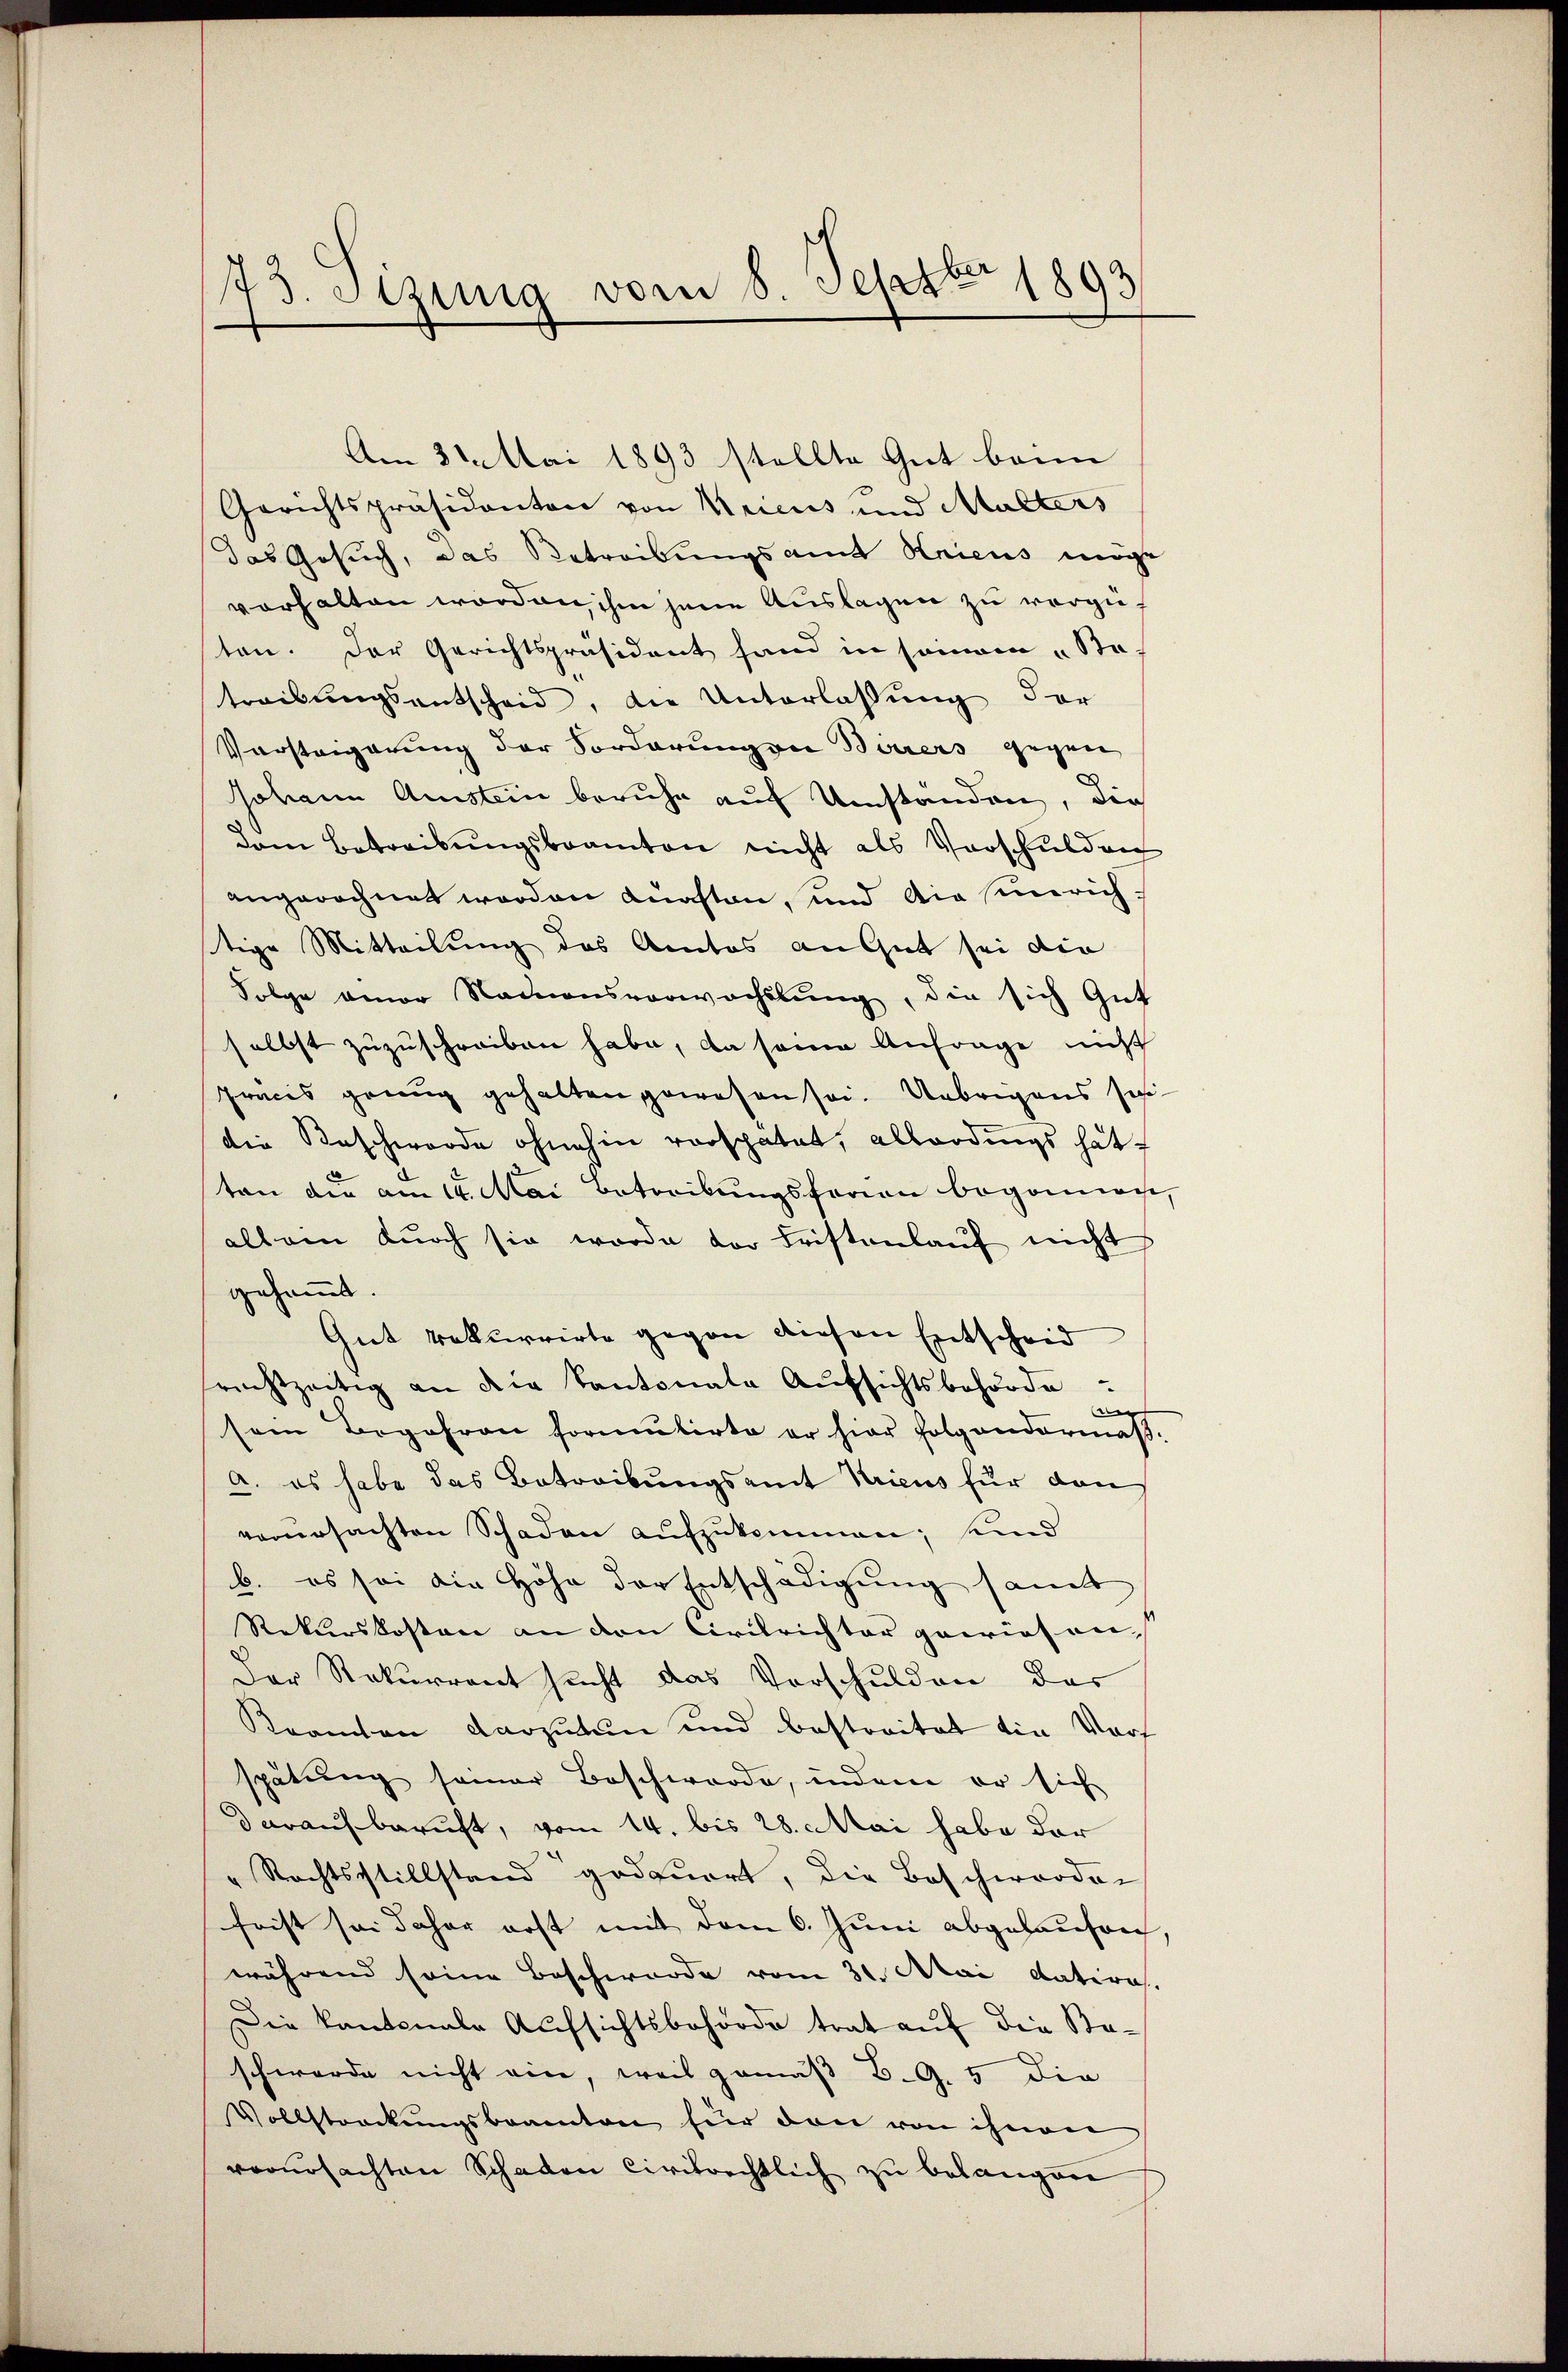
73. Sizung vom 8. Septbr 1893

Am 31. Mai 1893 stellte Gut beim
Gerichtspräsidenten von Kricus und Malters
das Gesuch, das Betreibungsamt Knicus möge
vorhalten worden, ihm jene Auslagen zu vergüten. Der Gerichtspräsident fand in sonam "Sta-
treibungsentscheid, die Unterlassung der
Vorsteigerung der Sorderungen Baurers gegen
Johann Amstein beruhe auf Umständen, die
dem Betreibŭngsbeamten nicht als Vorschulden
angerechnet worden Anasten, und die hinrich.
stige Mitteilung des Amtos an Gut sei die
Folge einer Nationsverwachslung, die sich Gut
selbst zuzuschreiben habe, da seine Anfrage nicht
Präcis genug gehalten gewesen sei. Uebrigens seidie Beschwerde ohnehin verspätet, allerdings hät
ten die am 14. Mai betreibungsformen begonne,
allein dŭrch sie werde der Fristenlaŭf nicht
gesammt.
Gut rekurrirte gegen diesen Entscheid
rechtzeitig an dem Kantonale Aŭfsichtsbehörde
e
sem Begehren formulirte er hier folgendermaßa. es habe das Betreibungsamt Kricus für dan
verursachten Schaden aufzukommen; und
b. es sei die Höhe der Entschädigung samt
Rekurskosten an den Civilrichter gewiesen,
Der Rekurrent sucht das Vorschulden das
Kramten darzutun und bestreitet die Vorf
spätung seiner Beschwerde, indem er sich
darauf beruft, vom 14. bis 28. Mai habe der
" Rechtsstillstand gedauert, die Bescherordne
frist sei daher erst mit dem 6. Juni abgelaufen,
während seine Beschwerde vom 31. Mai datiras.
Die Kantonale Aufsichtsbehörde trat auf die Staschwerde nicht ein, weis gemäß B.G. 5 die
Vollstreckungsbeamten für den von ihnen
verursachten Schaden Civilrechtlich zu belangen